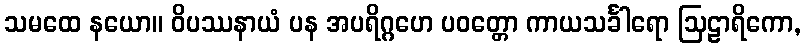
သမထေ နယော။ ဝိပဿနာယံ ပန အပရိဂ္ဂဟေ ပဝတ္တော ကာယသင်္ခါရော ဩဠာရိကော,